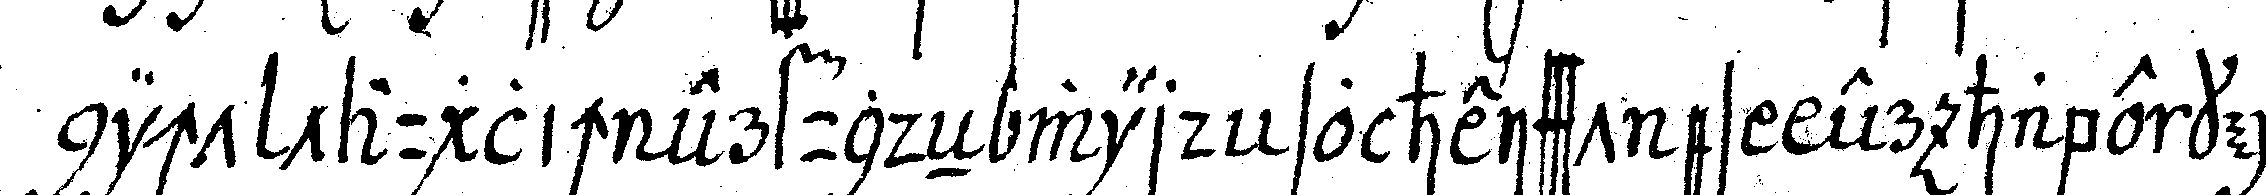
nicht tauglich erfundeN wird so heisst es er habe kei